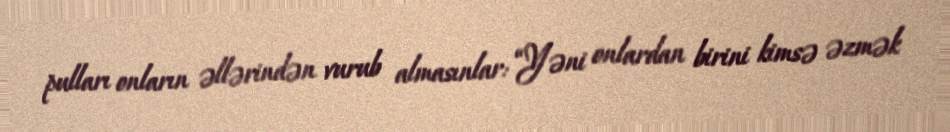
pulları onların əllərindən vurub almasınlar: “Yəni onlardan birini kimsə əzmək